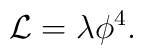
{\cal L}=\lambda\phi^4.